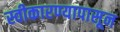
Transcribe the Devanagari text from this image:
स्वीकारण्यापासून